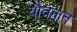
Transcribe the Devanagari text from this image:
यौवनात